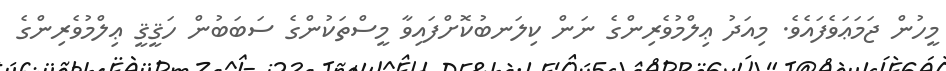
މީހުން ޖަމަޢަވެފައެވެ. މިއަދު ޢިލްމުވެރިންގެ ނަން ކިލަނބުކޮށްފައިވާ މީސްތަކުންގެ ސަބަބުން ހަޤީޤީ ޢިލްމުވެރިންގެ